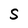
Character: S